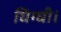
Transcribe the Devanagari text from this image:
घिग्घी।